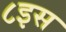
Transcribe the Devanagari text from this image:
८इस